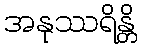
အနုဿရိန္တိ